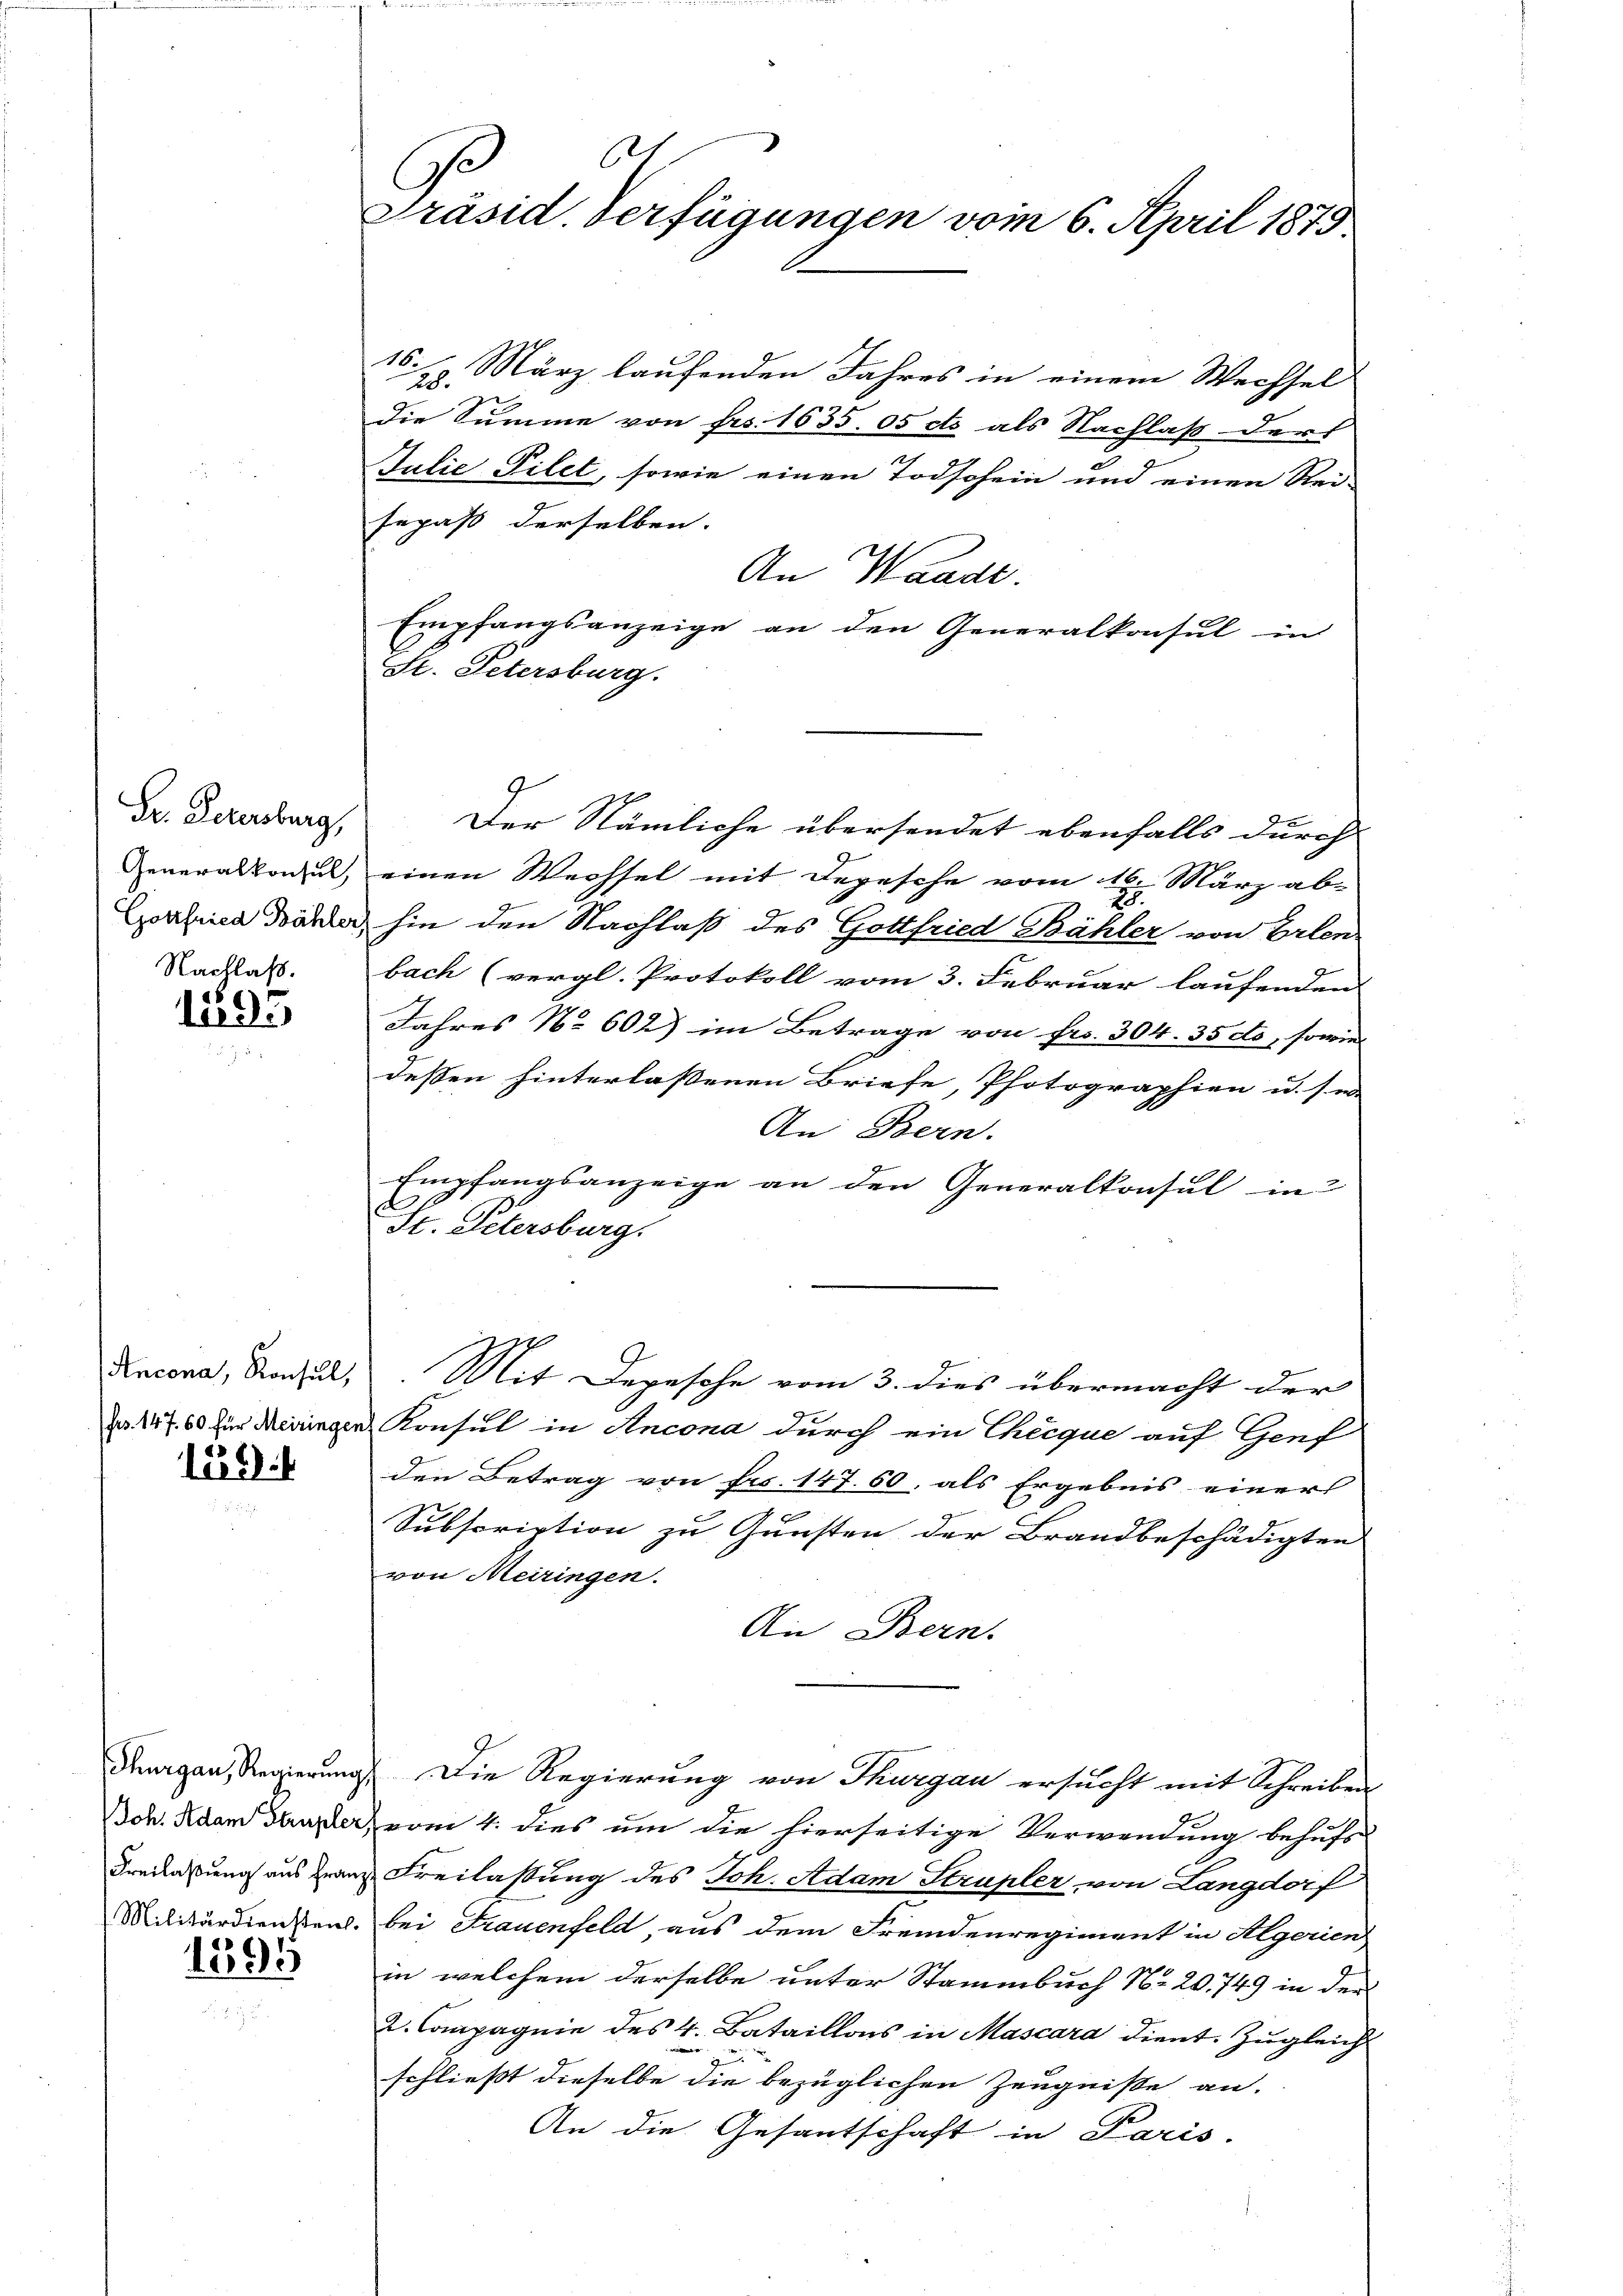
Dr. Petersburg,
Generalkonsul,

Nachlaß.
1195

159:

Thurgau, Regierung
Joh. Adam Strupler
Freilaßung aus Fran
Militärdienstent.

1399

61
Präsid. Verfügungen vom 6. April 1875

l

16. 29. März laufenden Jahres in einem Wechsel
die Summe von Frs. 1635. 05 dto als Nachlaß dert
Julie Filet, sowie einen Todschein und einen Rei-
sepaß derselben.
An Wande.
Empfangsanzeige an den Generalkonsul in
St. Petersburg.
Der Nämliche übersendet ebenfalls durch
einen Wechsel mit Depesche vom 16. März ab-
2
Cahica Dähler hin den Nachlaß des Gottfried Bähler von Erlen-
bach (vergl. Protokoll vom 3. Februar laufenden
Jahres No 602) im Betrage von Fr. 304. 35 dto, sowie
deßen hinterlassenen Briefe, Photographien u. s. w
An Bern.
Empfangsanzeige an den Generalkonsul in
St. Petersburg.
Kacona, Konsul, Mit Depesche vom 3. dies übermacht der
Ja 157. 60 für eingen Konsul in Ancona durch ein Theique auf Genf
den Betrag von Frs. 147. 60. als Ergebnis einers
Subscription zu Gunsten der Brandbeschädigten
von Meiringen.
An Bern.
Die Regierung von Thurgau ersucht mit Schreiben
& vom 4. dies um die hierseitige Verwendung behufs
u Freilassung des Joh. Adam Strupler, von Langdorf
 bei Frauenfeld, aus dem Fremdenregiment in Algerien
in welchem derselbe unter Stammbuch No 20. 749 in der
2. Compagnie des 4. Bataillons in Mascara dient. Zugleich
g
schließt dieselbe die bezüglichen Zeugniße an.
An die Gesantschaft in Paris.
.